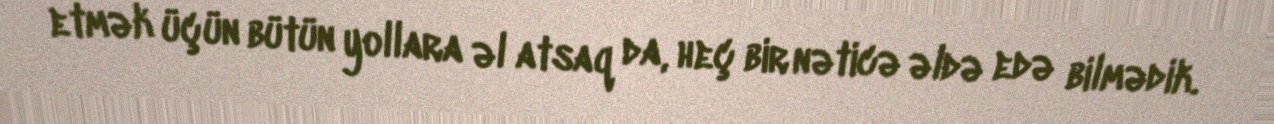
etmək üçün bütün yollara əl atsaq da, heç bir nəticə əldə edə bilmədik.